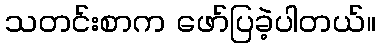
သတင်းစာက ဖော်ပြခဲ့ပါတယ်။